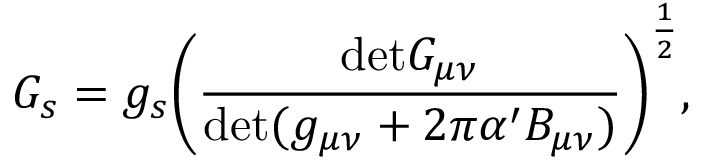
G _ { s } = g _ { s } \biggl ( \frac { \mathrm { d e t } G _ { \mu \nu } } { \mathrm { d e t } ( g _ { \mu \nu } + 2 \pi \alpha ^ { \prime } B _ { \mu \nu } ) } \biggr ) ^ { \frac { 1 } { 2 } } ,